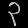
Digit: ၃